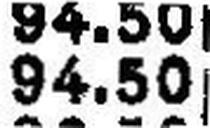
94.50